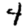
Digit: 4